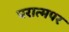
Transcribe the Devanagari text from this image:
परात्मपर